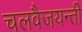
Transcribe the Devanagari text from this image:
चलवैजयन्ती